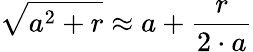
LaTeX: {\sqrt{a^{2}+r}}\approx a+{\frac{r}{2\cdot a}}